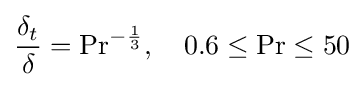
{\frac {\delta _{t}}{\delta }}=\mathrm {Pr} ^{-{\frac {1}{3}}},\quad 0.6\leq \mathrm {Pr} \leq 50